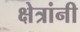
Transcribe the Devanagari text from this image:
क्षेत्रांनी